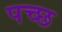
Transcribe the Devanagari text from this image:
पच्छ